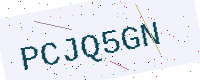
Text: PCJQ5GN